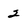
Character: 2